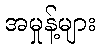
အမှုန့်များ